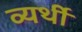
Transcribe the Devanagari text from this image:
व्‍यर्थी